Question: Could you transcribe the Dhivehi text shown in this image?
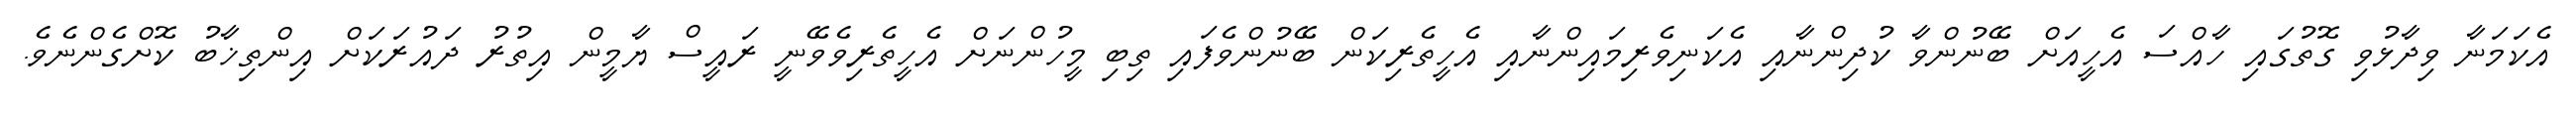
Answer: އެކަމަނާ ވިދާޅުވި ގޮތުގައި ހާއްސަ އެހީއަށް ބޭނުންވާ ކުދިންނާއި އެކަނިވެރިމައިންނާއި އެހީތެރިކަން ބޭނުންވެފައި ތިބި މީހުންނަށް އެހީތެރިވެވޭނީ ރައީސް ޔާމީން އިތުރު ދައުރަކަށް އިންތިޚާބު ކޮށްގެންނެވެ.